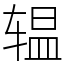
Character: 辒